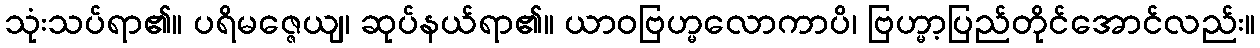
သုံးသပ်ရာ၏။ ပရိမဇ္ဇေယျ၊ ဆုပ်နယ်ရာ၏။ ယာဝဗြဟ္မလောကာပိ၊ ဗြဟ္မာ့ပြည်တိုင်အောင်လည်း။